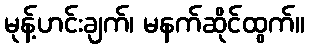
မုန့်ဟင်းချက်၊ မနက်ဆိုင်ထွက်။